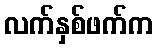
လက်နှစ်ဖက်က